Indian Civil Veterinary Department memoirs
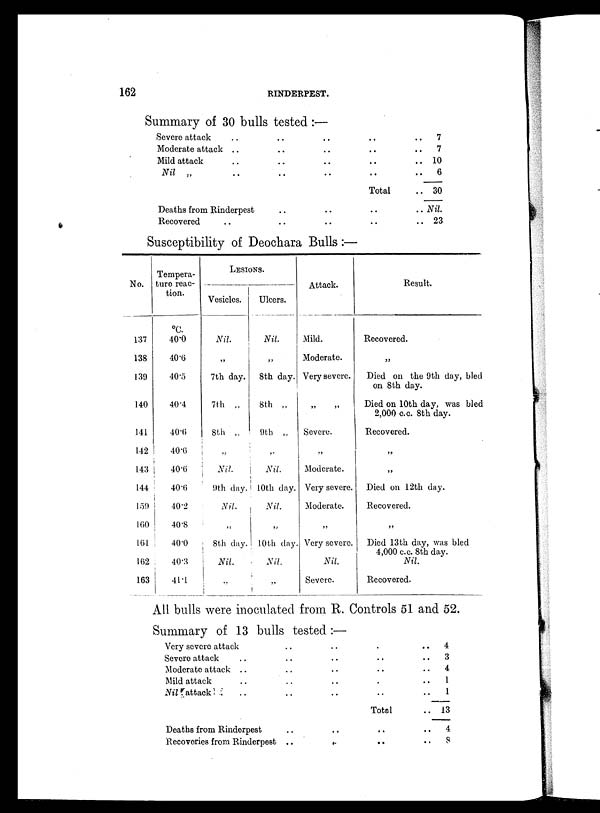
162
RINDERPEST.
Summary of 30 bulls tested:—
Severe attack
Moderate attack
Mild attack
Nil„
..
..
..
..
Deaths from Rinderpest
Recovered
..
..
..
..
..
..
..
..
..
..
..
..
..
..
..
Total
..
..
..
7
..
7
..10
..
6
..30
.. Nil.
..23
Susceptibility of Deochara Bulls:—
No.
137
138
139
140
141
142
143
144
159
160
161
162
163
Tempera-
ture reac-
tion.
ºC.
40.0
40.6
40.5
40.4
40.6
40.6
40.6
40.6
40.2
40.8
40.0
40.3
41.1
LESIONS.
Vesicles.
Nil.
„
7th day.
7th„
8th„
Nil.
9th day.
Nil.
„
8th day.
Nil.
„
Ulcers.
Nil.
„
8th day.
8th„
9th„
„
Nil.
10th day.
Nil.
„
10th day.
Nil.
„
Attack.
Mild.
Moderate.
Very severe.
„ „
Severe.
„
Moderate.
Very severe.
Moderate.
„
Very severe.
Nil.
Severe.
Result.
Recovered.
„
Diedonthe 9th day, bled
on 8th day.
Died on 10th day, was bled
2,000 c.c. 8th day.
Recovered.
„
„
Died on 12th day.
Recovered.
„
Died 13th day, was bled
4,000 c.c. 8th day.
Nil.
Recovered.
All bulls were inoculated from R. Controls 51 and 52.
Summary of 13 bulls tested:—
Very severe attack
Severe attack
Moderate attack
Mild attack
Nilattack
..
..
..
..
Deaths from Rinderpest
Recoveries from Rinderpest
..
..
..
..
..
..
..
..
..
..
..
..
..
..
..
..
..
..
..
Total
..
..
..
4
..
3
..
4
.. 1
.. 1
..13
..
4
.. 8